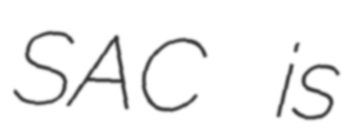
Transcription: SAC is